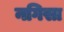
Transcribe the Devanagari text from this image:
नगिसा